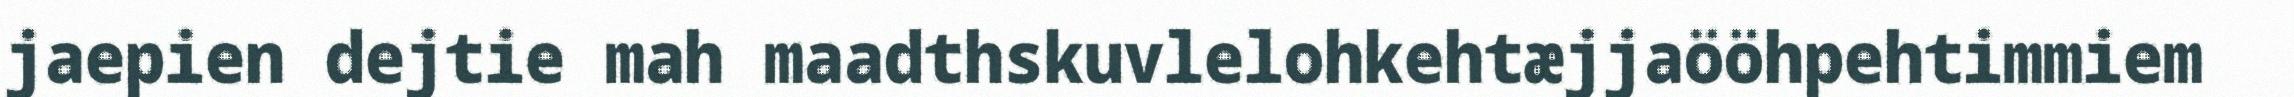
jaepien dejtie mah maadthskuvlelohkehtæjjaööhpehtimmiem